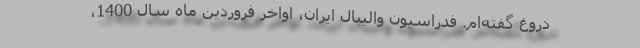
دروغ گفته‌ام. فدراسیون والیبال ایران، اواخر فروردین ماه سال 1400،